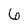
Character: 6